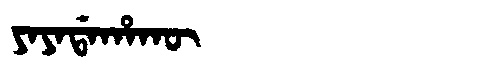
Manchu: ᠶᠠᠶᠠᡩᠠᡥᠠᡴᡡ
Romanization: YAYADAHAKŪ